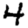
Digit: 4